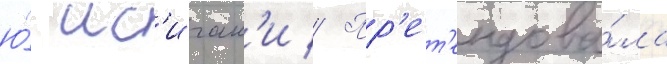
ю́ ис'игам'и // Пр'ет'ендова́ла